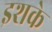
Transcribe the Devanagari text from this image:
इशके